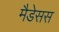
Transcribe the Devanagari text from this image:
मैडेसस